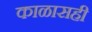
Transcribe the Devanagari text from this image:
काळासही